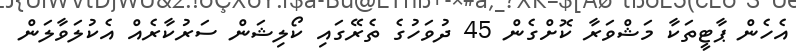
އެހެން ޕާޓީތަކާ މަޝްވަރާ ކޮށްގެން 45 ދުވަހުގެ ތެރޭގައި ކޯލިޝަން ސަރުކާރެއް އެކުލަވާލަން